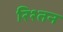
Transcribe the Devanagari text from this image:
रिश्तन